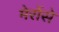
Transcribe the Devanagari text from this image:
मेरोंसे